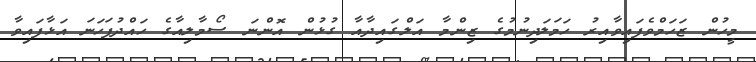
މީހުން ޒަހަމްވެފައިވާއިރު ހަމަލަދިނުމުގެ ޒިންމާ އަލްގައިދާއާ ގުޅުން އޮންނަ ސޯމާލިއާގެ ހައްދުފަހަނަ އަޅާފައިވާ